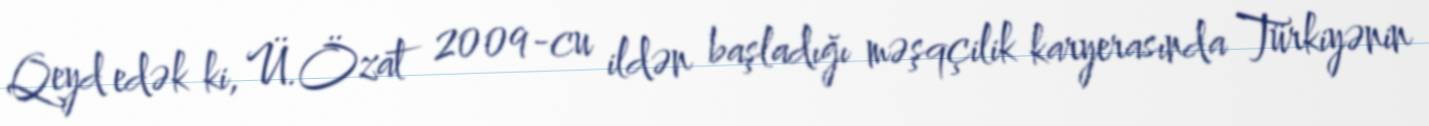
Qeyd edək ki, Ü.Özat 2009-cu ildən başladığı məşqçilik karyerasında Türkiyənin